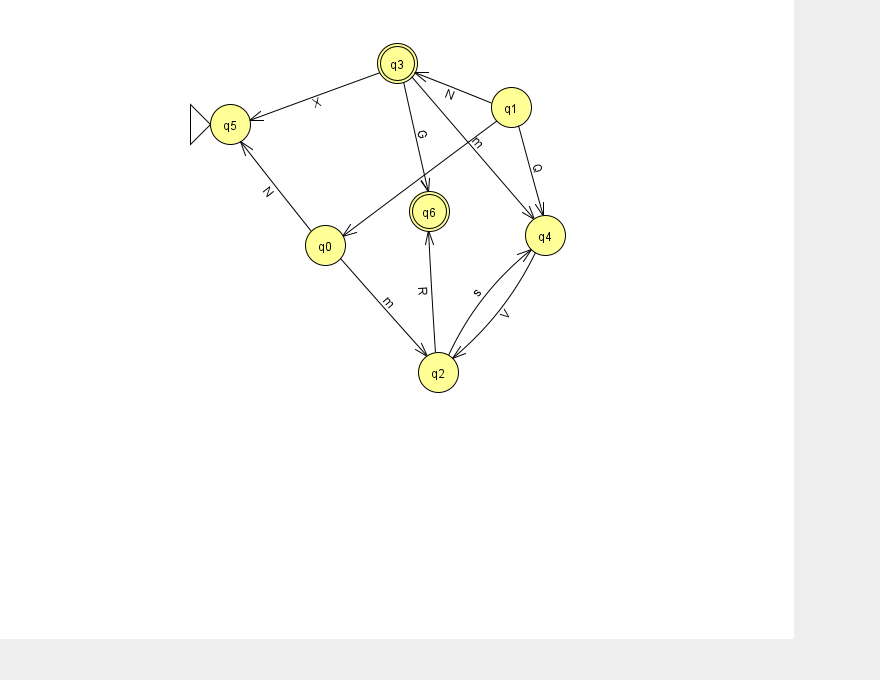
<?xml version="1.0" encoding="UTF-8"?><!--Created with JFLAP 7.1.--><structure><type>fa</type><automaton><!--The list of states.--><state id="0" name="q0"><x>325.0</x><y>232.0</y></state><state id="1" name="q1"><x>511.0</x><y>94.0</y></state><state id="2" name="q2"><x>438.0</x><y>359.0</y></state><state id="3" name="q3"><x>397.0</x><y>50.0</y><final/></state><state id="4" name="q4"><x>545.0</x><y>222.0</y></state><state id="5" name="q5"><x>230.0</x><y>111.0</y><initial/></state><state id="6" name="q6"><x>429.0</x><y>198.0</y><final/></state><!--The list of transitions.--><transition><from>3</from><to>5</to><read>X</read></transition><transition><from>1</from><to>3</to><read>N</read></transition><transition><from>2</from><to>6</to><read>R</read></transition><transition><from>1</from><to>0</to><read>I</read></transition><transition><from>1</from><to>4</to><read>Q</read></transition><transition><from>2</from><to>4</to><read>s</read></transition><transition><from>3</from><to>6</to><read>G</read></transition><transition><from>0</from><to>5</to><read>N</read></transition><transition><from>4</from><to>2</to><read>V</read></transition><transition><from>0</from><to>2</to><read>m</read></transition><transition><from>3</from><to>4</to><read>m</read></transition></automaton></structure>